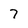
Character: 7